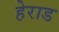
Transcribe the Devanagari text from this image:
हेराड